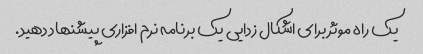
یک راه موثر برای اشکال زدایی یک برنامه نرم افزاری پیشنهاد دهید.